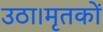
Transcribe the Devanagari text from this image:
उठा।मृतकों